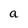
Character: a